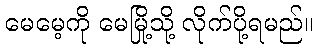
မေမေ့ကို မေမြို့သို့ လိုက်ပို့ရမည်။